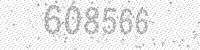
Solution: 608566